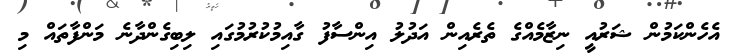
އެހެންކަމުން ޝަރުއީ ނިޒާމެއްގެ ތެރެއިން އަދުލު އިންސާފު ގާއިމުކުރުމުގައި ލިބިގެންދާނެ މަންފާތައް މި